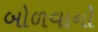
બોળવાનો